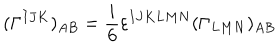
( \Gamma ^ { I J K } ) _ { A B } = \frac { i } { 6 } \varepsilon ^ { I J K L M N } ( \Gamma _ { L M N } ) _ { A B }